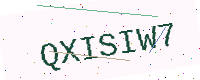
Text: QXISIW7